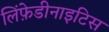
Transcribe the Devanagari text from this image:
लिंफ़ेडीनाइटिस